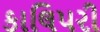
કાલિપરી